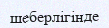
шеберлігінде